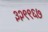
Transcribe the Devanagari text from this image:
३२९९६७